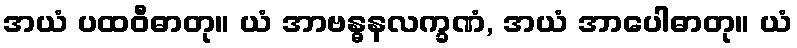
အယံ ပထဝီဓာတု။ ယံ အာဗန္ဓနလက္ခဏံ, အယံ အာပေါဓာတု။ ယံ